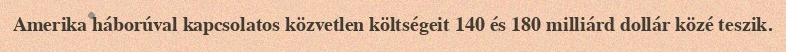
Amerika háborúval kapcsolatos közvetlen költségeit 140 és 180 milliárd dollár közé teszik.